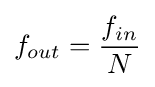
f_{out}={\frac {f_{in}}{N}}